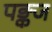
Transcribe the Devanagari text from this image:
पङ्कज